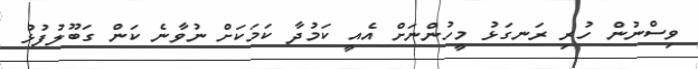
ވިސްނުން ހުރި ރަނގަޅު މީހުންނަށް އެއީ ކަމުދާ ކަމަކަށް ނުވާނެ ކަން ގަބޫލުފުޅު